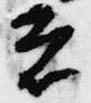
者